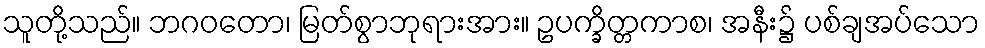
သူတို့သည်။ ဘဂဝတော၊ မြတ်စွာဘုရားအား။ ဥပက္ခိတ္တကာစ၊ အနီး၌ ပစ်ချအပ်သော